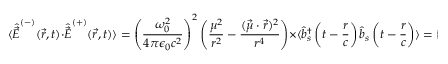
\langle { \hat { \vec { E } } } ^ { ( - ) } ( { \vec { r } } , t ) \cdot { \hat { \vec { E } } } ^ { ( + ) } ( { \vec { r } } , t ) \rangle = \left( { \frac { \omega _ { 0 } ^ { 2 } } { 4 \pi \epsilon _ { 0 } c ^ { 2 } } } \right) ^ { 2 } \left( { \frac { \mu ^ { 2 } } { r ^ { 2 } } } - { \frac { ( { \vec { \mu } } \cdot { \vec { r } } ) ^ { 2 } } { r ^ { 4 } } } \right) \times \langle { \hat { b } } _ { s } ^ { \dagger } \left( t - { \frac { r } { c } } \right) { \hat { b } } _ { s } \left( t - { \frac { r } { c } } \right) \rangle = \left( { \frac { \omega _ { 0 } ^ { 2 } \mu s i n \psi } { 4 \pi \epsilon _ { 0 } c ^ { 2 } r } } \right) ^ { 2 } [ \langle { \hat { R } } _ { k } \left( t - { \frac { r } { c } } \right) \rangle + { \frac { 1 } { 2 } } ]